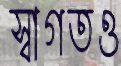
স্বাগতও